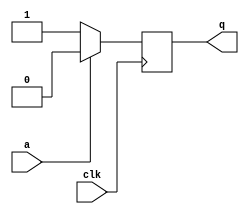
module top_module (
    input clk,
    input a,
    output q );

    always @(posedge clk)
        if(a)
            q = 0;
    	else
            q = 1;
    
endmodule